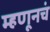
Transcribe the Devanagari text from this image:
म्हणूनचं